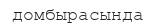
домбырасында